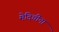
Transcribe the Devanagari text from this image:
मेदिचींना